Senior Leaving Certificate Examination (including Day School Certificate (Higher) General paper), 1949
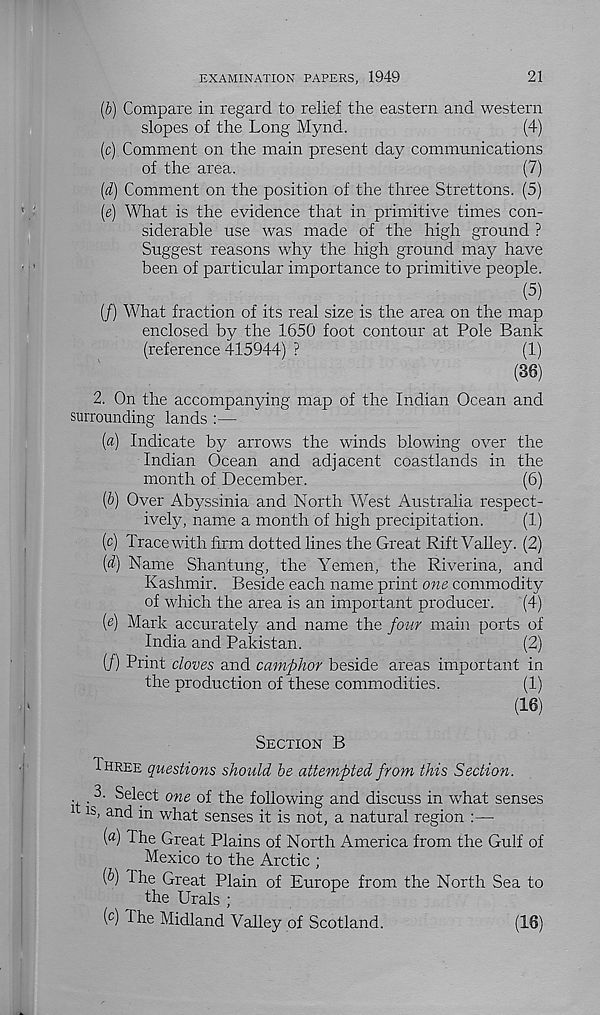
EXAMINATION PAPERS, 1949
21
(b) Compare in regard to relief the eastern and western
slopes of the Long Mynd.
(4)
(c) Comment on the main present day communications
of the area.
(7)
(d) Comment on the position of the three Strettons. (5)
(e) What is the evidence that in primitive times con-
siderable use was made of the high ground ?
Suggest reasons why the high ground may have
been of particular importance to primitive people.
(5)
(/) What fraction of its real size is the area on the map
enclosed by the 1650 foot contour at Pole Bank
(reference 415944) ?
(1)
(88)
2. On the accompanying map of the Indian Ocean and
surrounding lands :—
[a) Indicate by arrows the winds blowing over the
Indian Ocean and adjacent coastlands in the
month of December.
(6)
{b) Over Abyssinia and North West Australia respect-
ively, name a month of high precipitation.
(1)
(c) Trace with firm dotted lines the Great Rift Valley. (2)
{d) Name Shantung, the Yemen, the Riverina, and
Kashmir. Beside each name print one commodity
of which the area is an important producer.
(4)
(e) Mark accurately and name the four main ports of
India and Pakistan.
(2)
(/) Print cloves and camphor beside areas important in
the production of these commodities.
(1)
(10)
SECTION B
THREE questions should be attempted from this Section.
3. Select one of the following and discuss in what senses
1 is, and in what senses it is not, a natural region :—
(«) The Great Plains of North America from the Gulf of
Mexico to the Arctic ;
f>) The Great Plain of Europe from the North Sea to
the Urals ;
(c) The Midland Valley of Scotland.
(16)